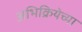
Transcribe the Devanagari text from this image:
अभिक्रियेच्या